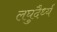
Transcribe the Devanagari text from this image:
लघुदैर्ध्य